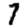
Digit: 7